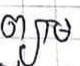
ព្យាម